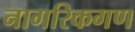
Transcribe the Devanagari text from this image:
नागरिकगण